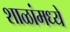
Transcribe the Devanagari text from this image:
शाळांमध्‍ये